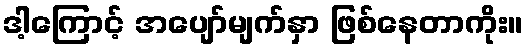
ဒါ့ကြောင့် အပျော်မျက်နှာ ဖြစ်နေတာကိုး။